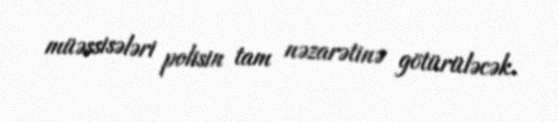
müəssisələri polisin tam nəzarətinə götürüləcək.